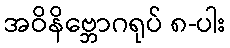
အဝိနိဗ္ဘောဂရုပ် ၈-ပါး